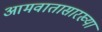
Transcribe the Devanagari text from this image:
आमवातासारख्या